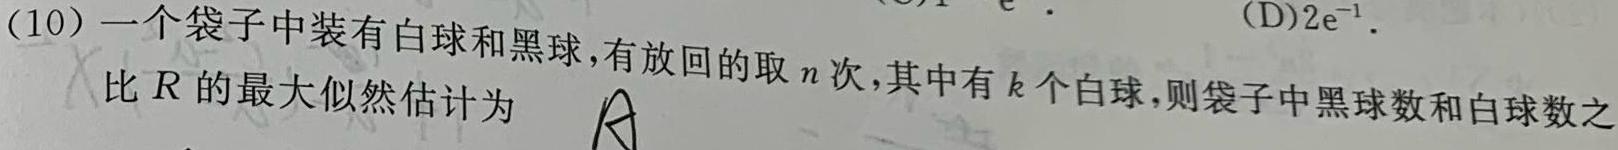
(10) 一个袋子中装有白球和黑球，有放回的取 \(n\) 次，其中有 \(k\) 个白球，则袋子中黑球数和白球数之比 \(R\) 的最大似然估计为